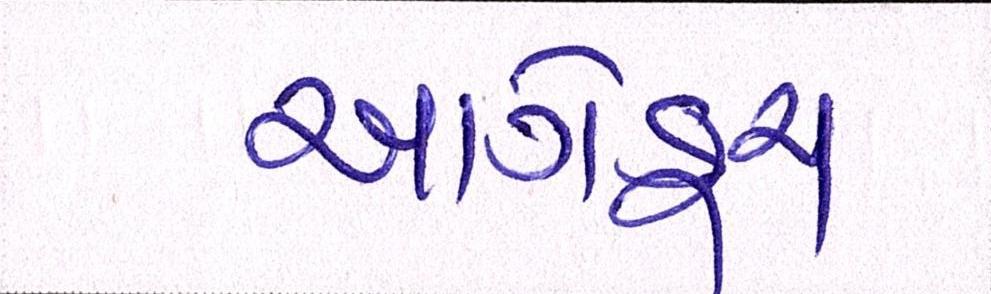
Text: આગેકૂચ